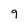
Character: 9